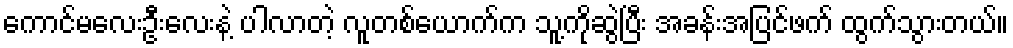
ကောင်မလေးဦးလေးနဲ့ ပါလာတဲ့ လူတစ်ယောက်က သူ့ကိုဆွဲပြီး အခန်းအပြင်ဖက် ထွက်သွားတယ်။